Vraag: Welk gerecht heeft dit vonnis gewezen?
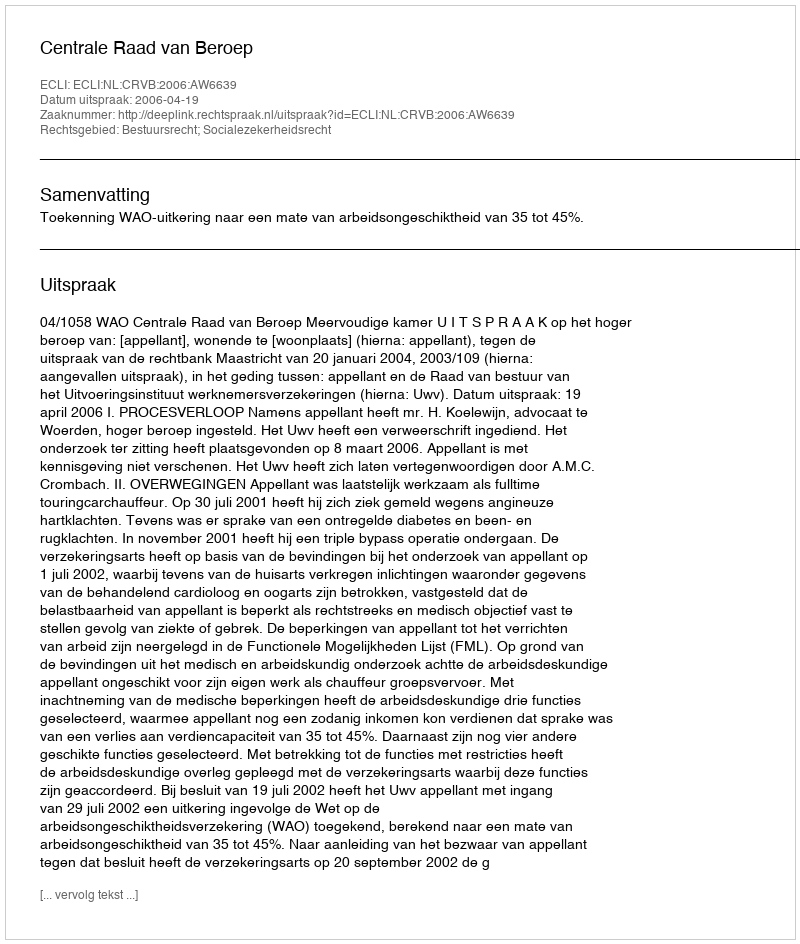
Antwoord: Centrale Raad van Beroep